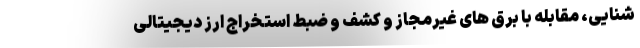
شنایی، مقابله با برق های غیرمجاز و کشف و ضبط استخراج ارز دیجیتالی